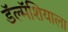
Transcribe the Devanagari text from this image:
डॅल्मॅशियाला